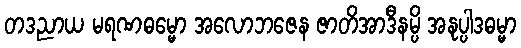
တဒညာယ မရဏဓမ္မော အလောဘဇေန ဇာတိအာဒီနမ္ပိ အနုပ္ပါဒဓမ္မာ